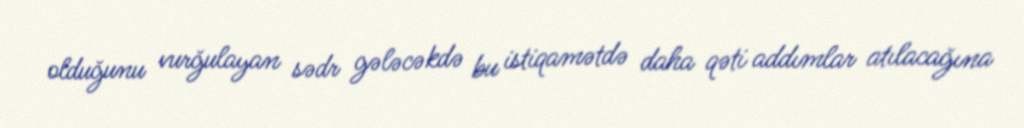
olduğunu vurğulayan sədr gələcəkdə bu istiqamətdə daha qəti addımlar atılacağına